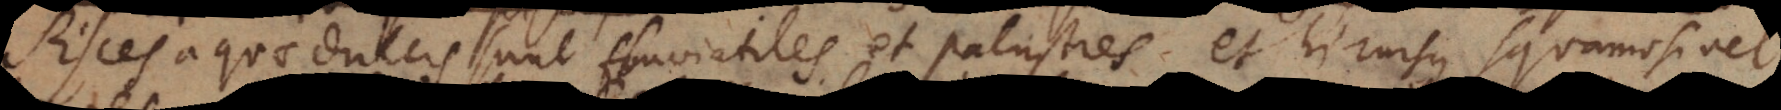
Pisces aquae dulcis sunt fluviatiles et palustres et hi rursus squamosi vel